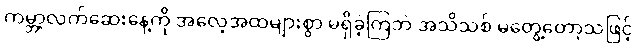
ကမ္ဘာ့လက်ဆေးနေ့ကို အလေ့အထများစွာ မရှိခဲ့ကြဘဲ အသိသစ် မတွေ့တော့သဖြင့်